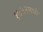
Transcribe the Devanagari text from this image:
१७५२मध्ये